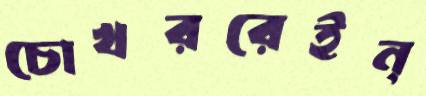
চোখররেইন্